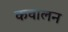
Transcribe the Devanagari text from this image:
कवालन